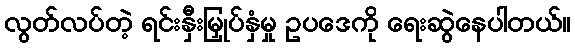
လွတ်လပ်တဲ့ ရင်းနှီးမြှုပ်နှံမှု ဥပဒေကို ရေးဆွဲနေပါတယ်။